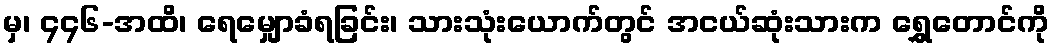
မှ၊ ၄၄၆-အထိ၊ ရေမျှောခံရခြင်း၊ သားသုံးယောက်တွင် အငယ်ဆုံးသားက ရွှေတောင်ကို